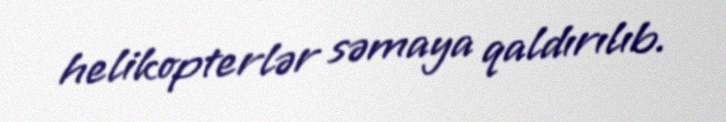
helikopterlər səmaya qaldırılıb.